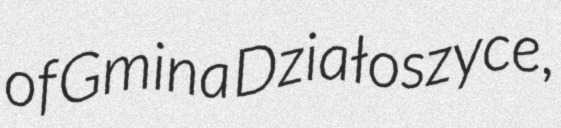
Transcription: of Gmina Działoszyce,